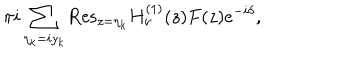
\pi i \sum _ { \eta _ { k } = i y _ { k } } { \mathrm { R e s } } _ { z = \eta _ { k } } H _ { \nu } ^ { ( 1 ) } ( z ) F ( z ) e ^ { - i \delta } ,